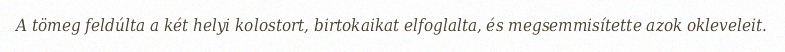
A tömeg feldúlta a két helyi kolostort, birtokaikat elfoglalta, és megsemmisítette azok okleveleit.